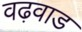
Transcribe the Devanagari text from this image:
वढ़वाड